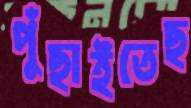
পুঁছাইতেছ